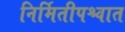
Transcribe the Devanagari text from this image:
निर्मितीपश्चात